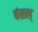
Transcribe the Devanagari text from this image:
बंसल्